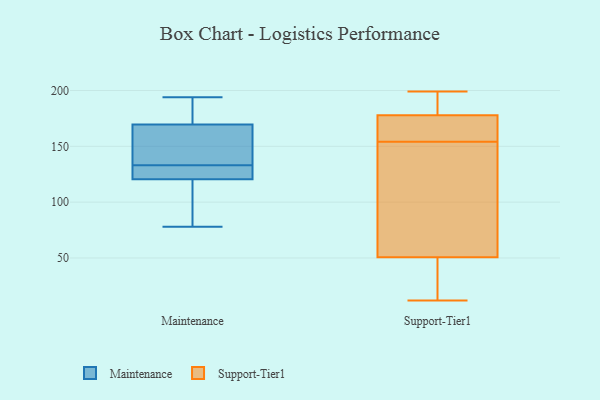
{"axis": {"x": "Net Income (USD K)", "y": "Value"}, "legend": ["Maintenance", "Support-Tier1"], "data": [{"x": "", "y": 120, "type": "Maintenance"}, {"x": "", "y": 136, "type": "Maintenance"}, {"x": "", "y": 122, "type": "Maintenance"}, {"x": "", "y": 127, "type": "Maintenance"}, {"x": "", "y": 133, "type": "Maintenance"}, {"x": "", "y": 79, "type": "Maintenance"}, {"x": "", "y": 130, "type": "Maintenance"}, {"x": "", "y": 165, "type": "Maintenance"}, {"x": "", "y": 158, "type": "Maintenance"}, {"x": "", "y": 110, "type": "Maintenance"}, {"x": "", "y": 194, "type": "Maintenance"}, {"x": "", "y": 172, "type": "Maintenance"}, {"x": "", "y": 78, "type": "Maintenance"}, {"x": "", "y": 171, "type": "Maintenance"}, {"x": "", "y": 174, "type": "Maintenance"}, {"x": "", "y": 166, "type": "Support-Tier1"}, {"x": "", "y": 19, "type": "Support-Tier1"}, {"x": "", "y": 63, "type": "Support-Tier1"}, {"x": "", "y": 192, "type": "Support-Tier1"}, {"x": "", "y": 59, "type": "Support-Tier1"}, {"x": "", "y": 128, "type": "Support-Tier1"}, {"x": "", "y": 26, "type": "Support-Tier1"}, {"x": "", "y": 154, "type": "Support-Tier1"}, {"x": "", "y": 22, "type": "Support-Tier1"}, {"x": "", "y": 163, "type": "Support-Tier1"}, {"x": "", "y": 175, "type": "Support-Tier1"}, {"x": "", "y": 186, "type": "Support-Tier1"}, {"x": "", "y": 119, "type": "Support-Tier1"}, {"x": "", "y": 158, "type": "Support-Tier1"}, {"x": "", "y": 199, "type": "Support-Tier1"}, {"x": "", "y": 12, "type": "Support-Tier1"}, {"x": "", "y": 192, "type": "Support-Tier1"}]}